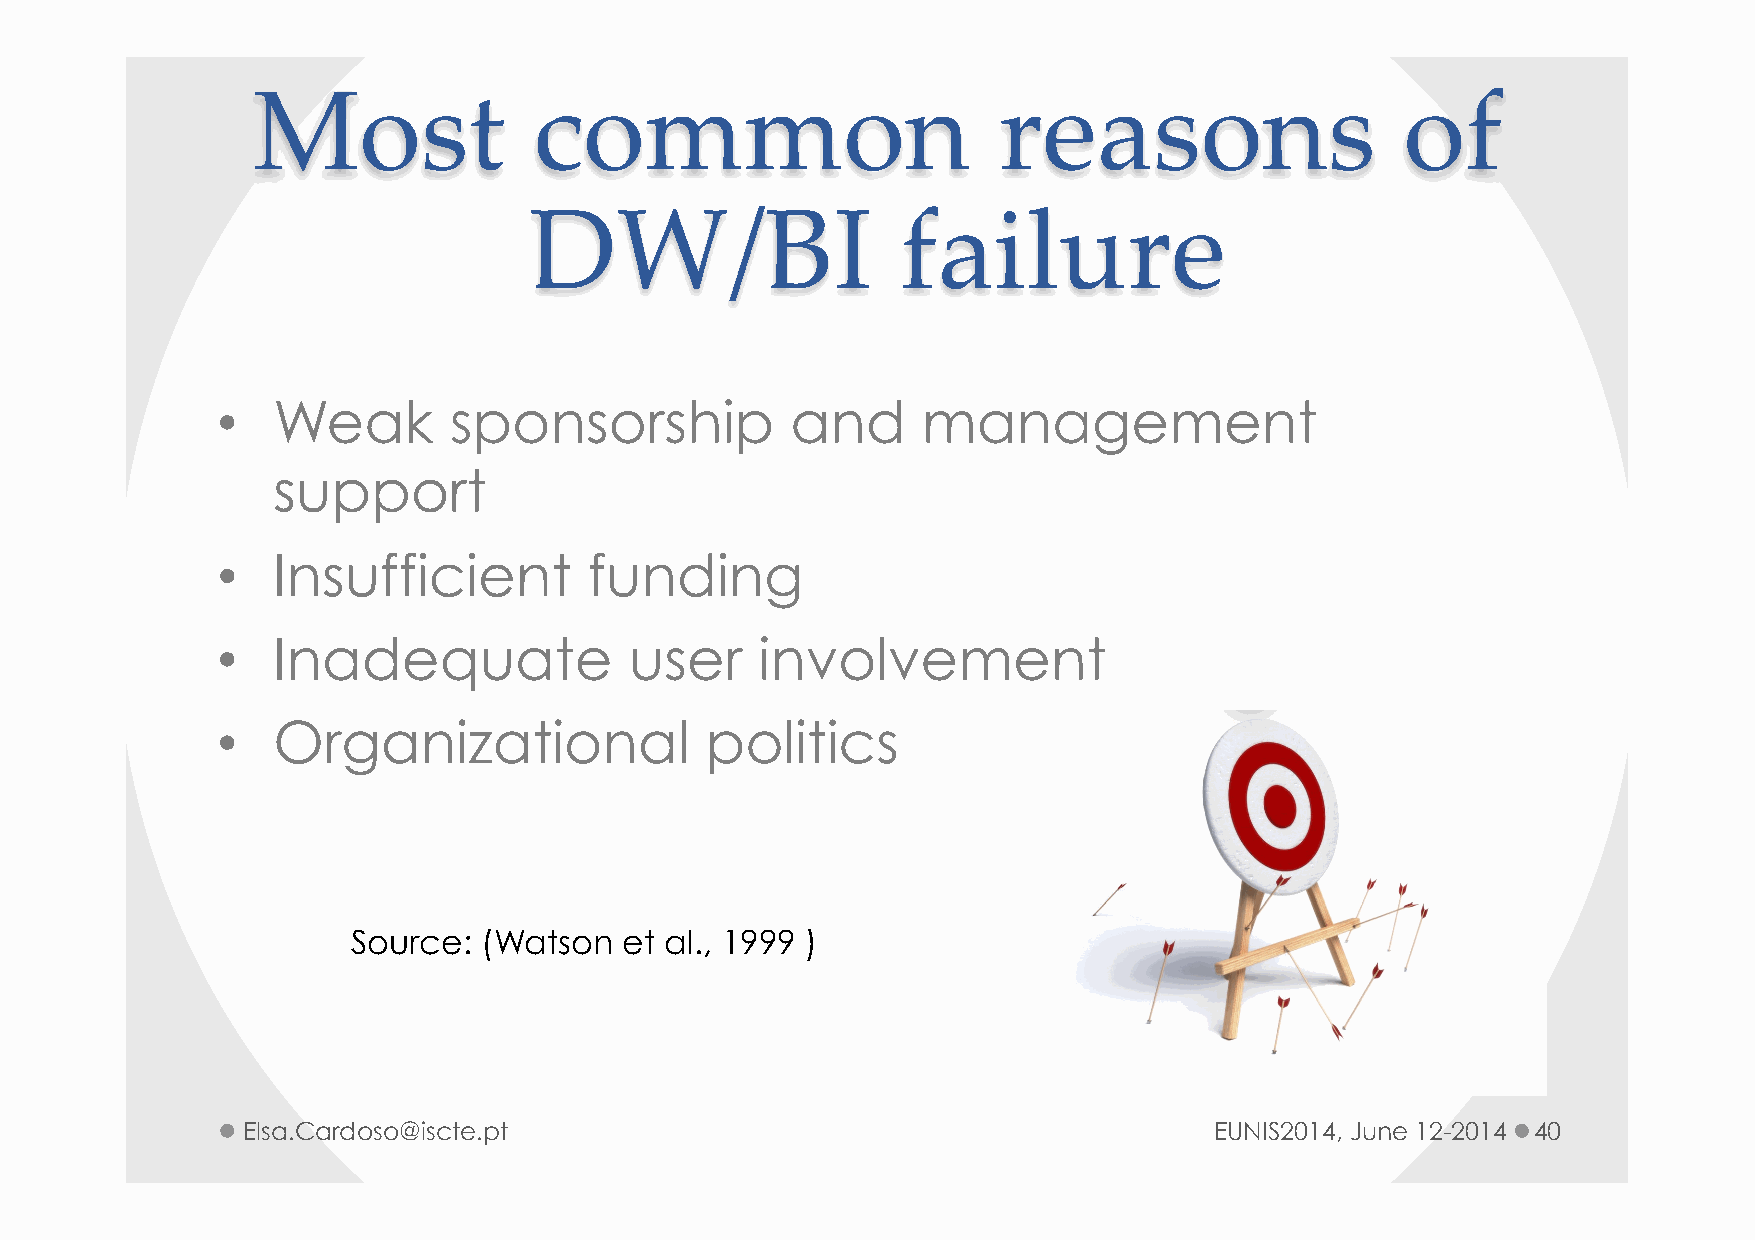
Most              common                         reasons                    of
 DW/BI                    failure
 •   Weak        sponsorship           and      management
 support
 •   Insufficient         funding
 •   Inadequate              user    involvement
 •   Organizational               politics
 Source:  (Watson  et al., 1999 )
 Elsa.Cardoso@iscte.pt                                           EUNIS2014, June 12-2014 40